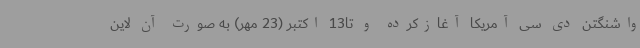
واشنگتن دی سی آمریکا آغازکرده و تا13 اکتبر (23 مهر) به صورت آن لاین